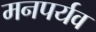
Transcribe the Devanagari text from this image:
मनपर्यव